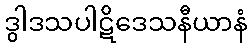
ဒွါဒသပါဋိဒေသနီယာနံ